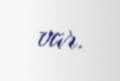
var.